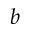
b